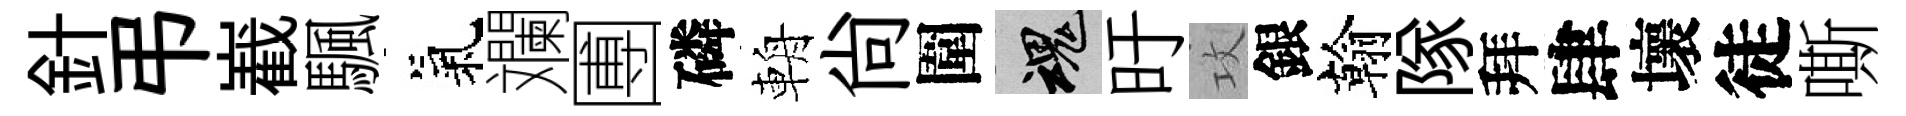
針弔嶻颿氣斕圑磷輈尙圍魂旴攻銀翰隊拜肆壞徒嘶